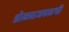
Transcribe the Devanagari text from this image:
डोळ्याजवळची